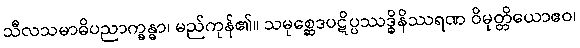
သီလသမာဓိပညာက္ခန္ဓာ၊ မည်ကုန်၏။ သမုစ္ဆေဒပဋိပ္ပဿဒ္ဓိနိဿရဏ ဝိမုတ္တိယောဧဝ၊